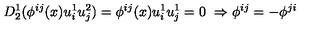
D _ { 2 } ^ { 1 } ( \phi ^ { i j } ( x ) u _ { i } ^ { 1 } u _ { j } ^ { 2 } ) = \phi ^ { i j } ( x ) u _ { i } ^ { 1 } u _ { j } ^ { 1 } = 0 \ \Rightarrow \phi ^ { i j } = - \phi ^ { j i }